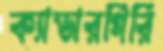
ক্যাডারগিরি